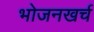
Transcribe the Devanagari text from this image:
भोजनखर्च